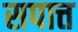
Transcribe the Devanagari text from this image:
सपात्त